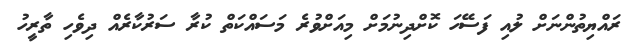
ރައްޔިތުންނަށް ލުއި ފަސޭހަ ކޮށްދިނުމަށް މިއަށްވުރެ މަސައްކަތް ކުރާ ސަރުކާރެއް ދިވެހި ތާރީހު